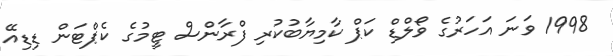
1998 ވަނަ އަހަރުގެ ވޯލްޑް ކަޕް ކާމިޔާބުކުރި ފްރާންސް ޓީމުގެ ކެޕްޓަން ޑިޑިއޭ